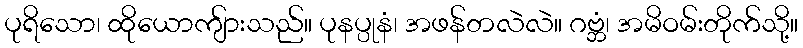
ပုရိသော၊ ထိုယောကျ်ားသည်။ ပုနပ္ပုနံ၊ အဖန်တလဲလဲ။ ဂဗ္ဘံ၊ အမိဝမ်းတိုက်သို့။